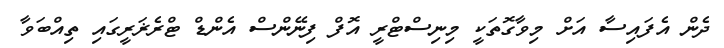
ދެން އެފައިސާ އަށް މިވާގޮތަކީ މިނިސްޓްރީ އޮފް ފިނޭންސް އެންޑް ޓްރެޜަރީގައި ތިއްބަވާ